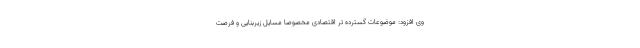
وی افزود: موضوعات گسترده تر اقتصادی مخصوصا مسایل زیربنایی و فرصت